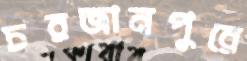
চরজানপুরে